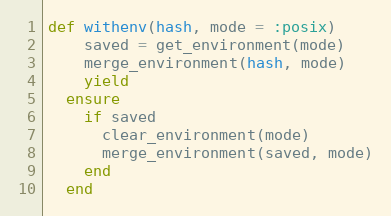
Language: Ruby
def withenv(hash, mode = :posix)
    saved = get_environment(mode)
    merge_environment(hash, mode)
    yield
  ensure
    if saved
      clear_environment(mode)
      merge_environment(saved, mode)
    end
  end